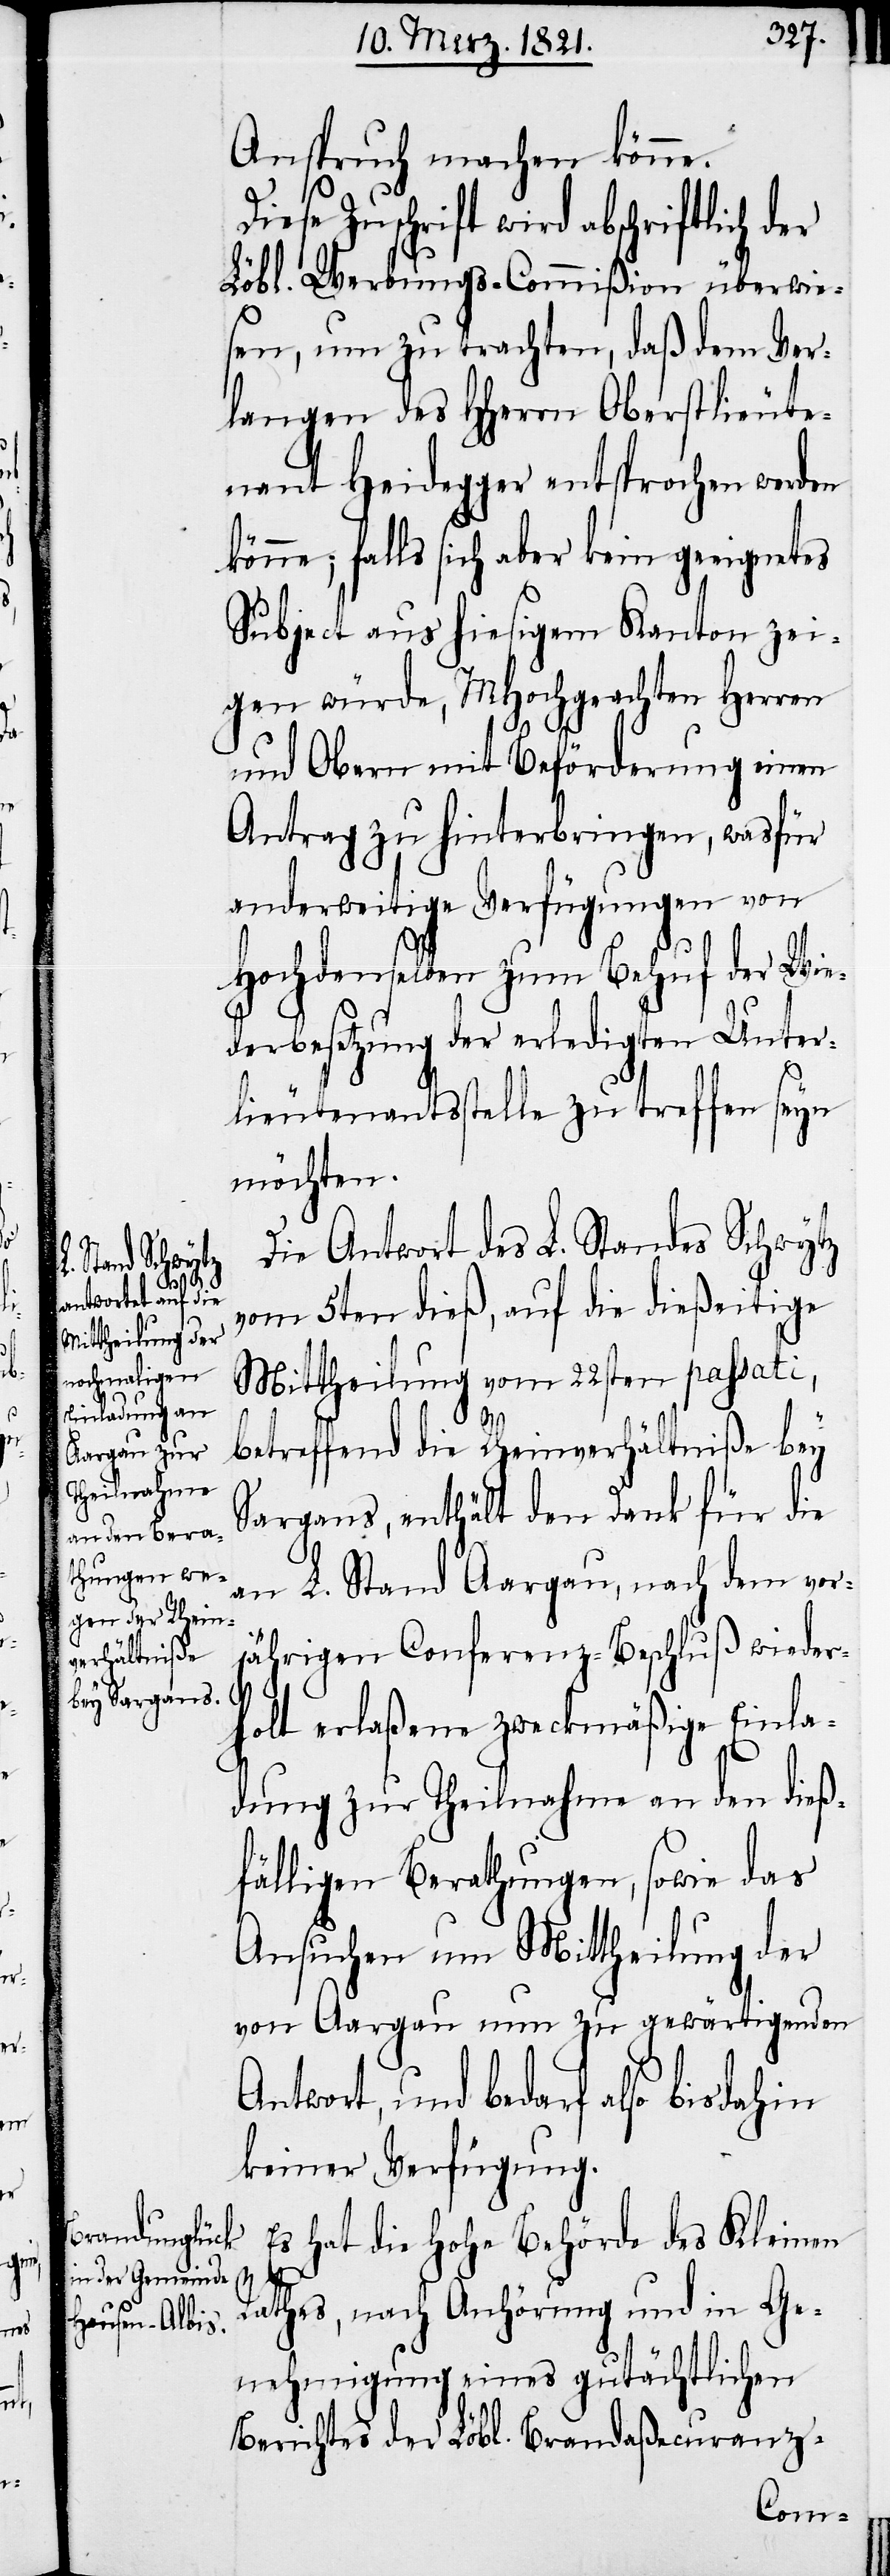
der

Anspruch machen könne.
iese Zuschrift wird abschriftlich
Löbl. Werbungs-Commißion überwie¬
sen, um zu trachten, daß dem Ver¬
langen des HHerrn Oberstlieute¬
nant Heidegger entsprochen werden
könne; falls sich aber kein geeignetes
Subject aus hiesigem Kanton zei¬
gen würde, MHochgeachten Herren
und Obern mit Beförderung einen
Antrag zu hinterbringen, wasfür
anderweitige Verfügungen von
Hochdenselben zum Behuf der Wie¬
derbesetzung der erledigten Unter¬
lieutenantsstelle zu treffen seyn
möchten.
Es hat die hohe Behörde des Kleinen
Rathes, nach Anhörung und in Ge¬
nehmigung eines gutächtlichen
Berichtes der Löbl. Brandaßecuranz-